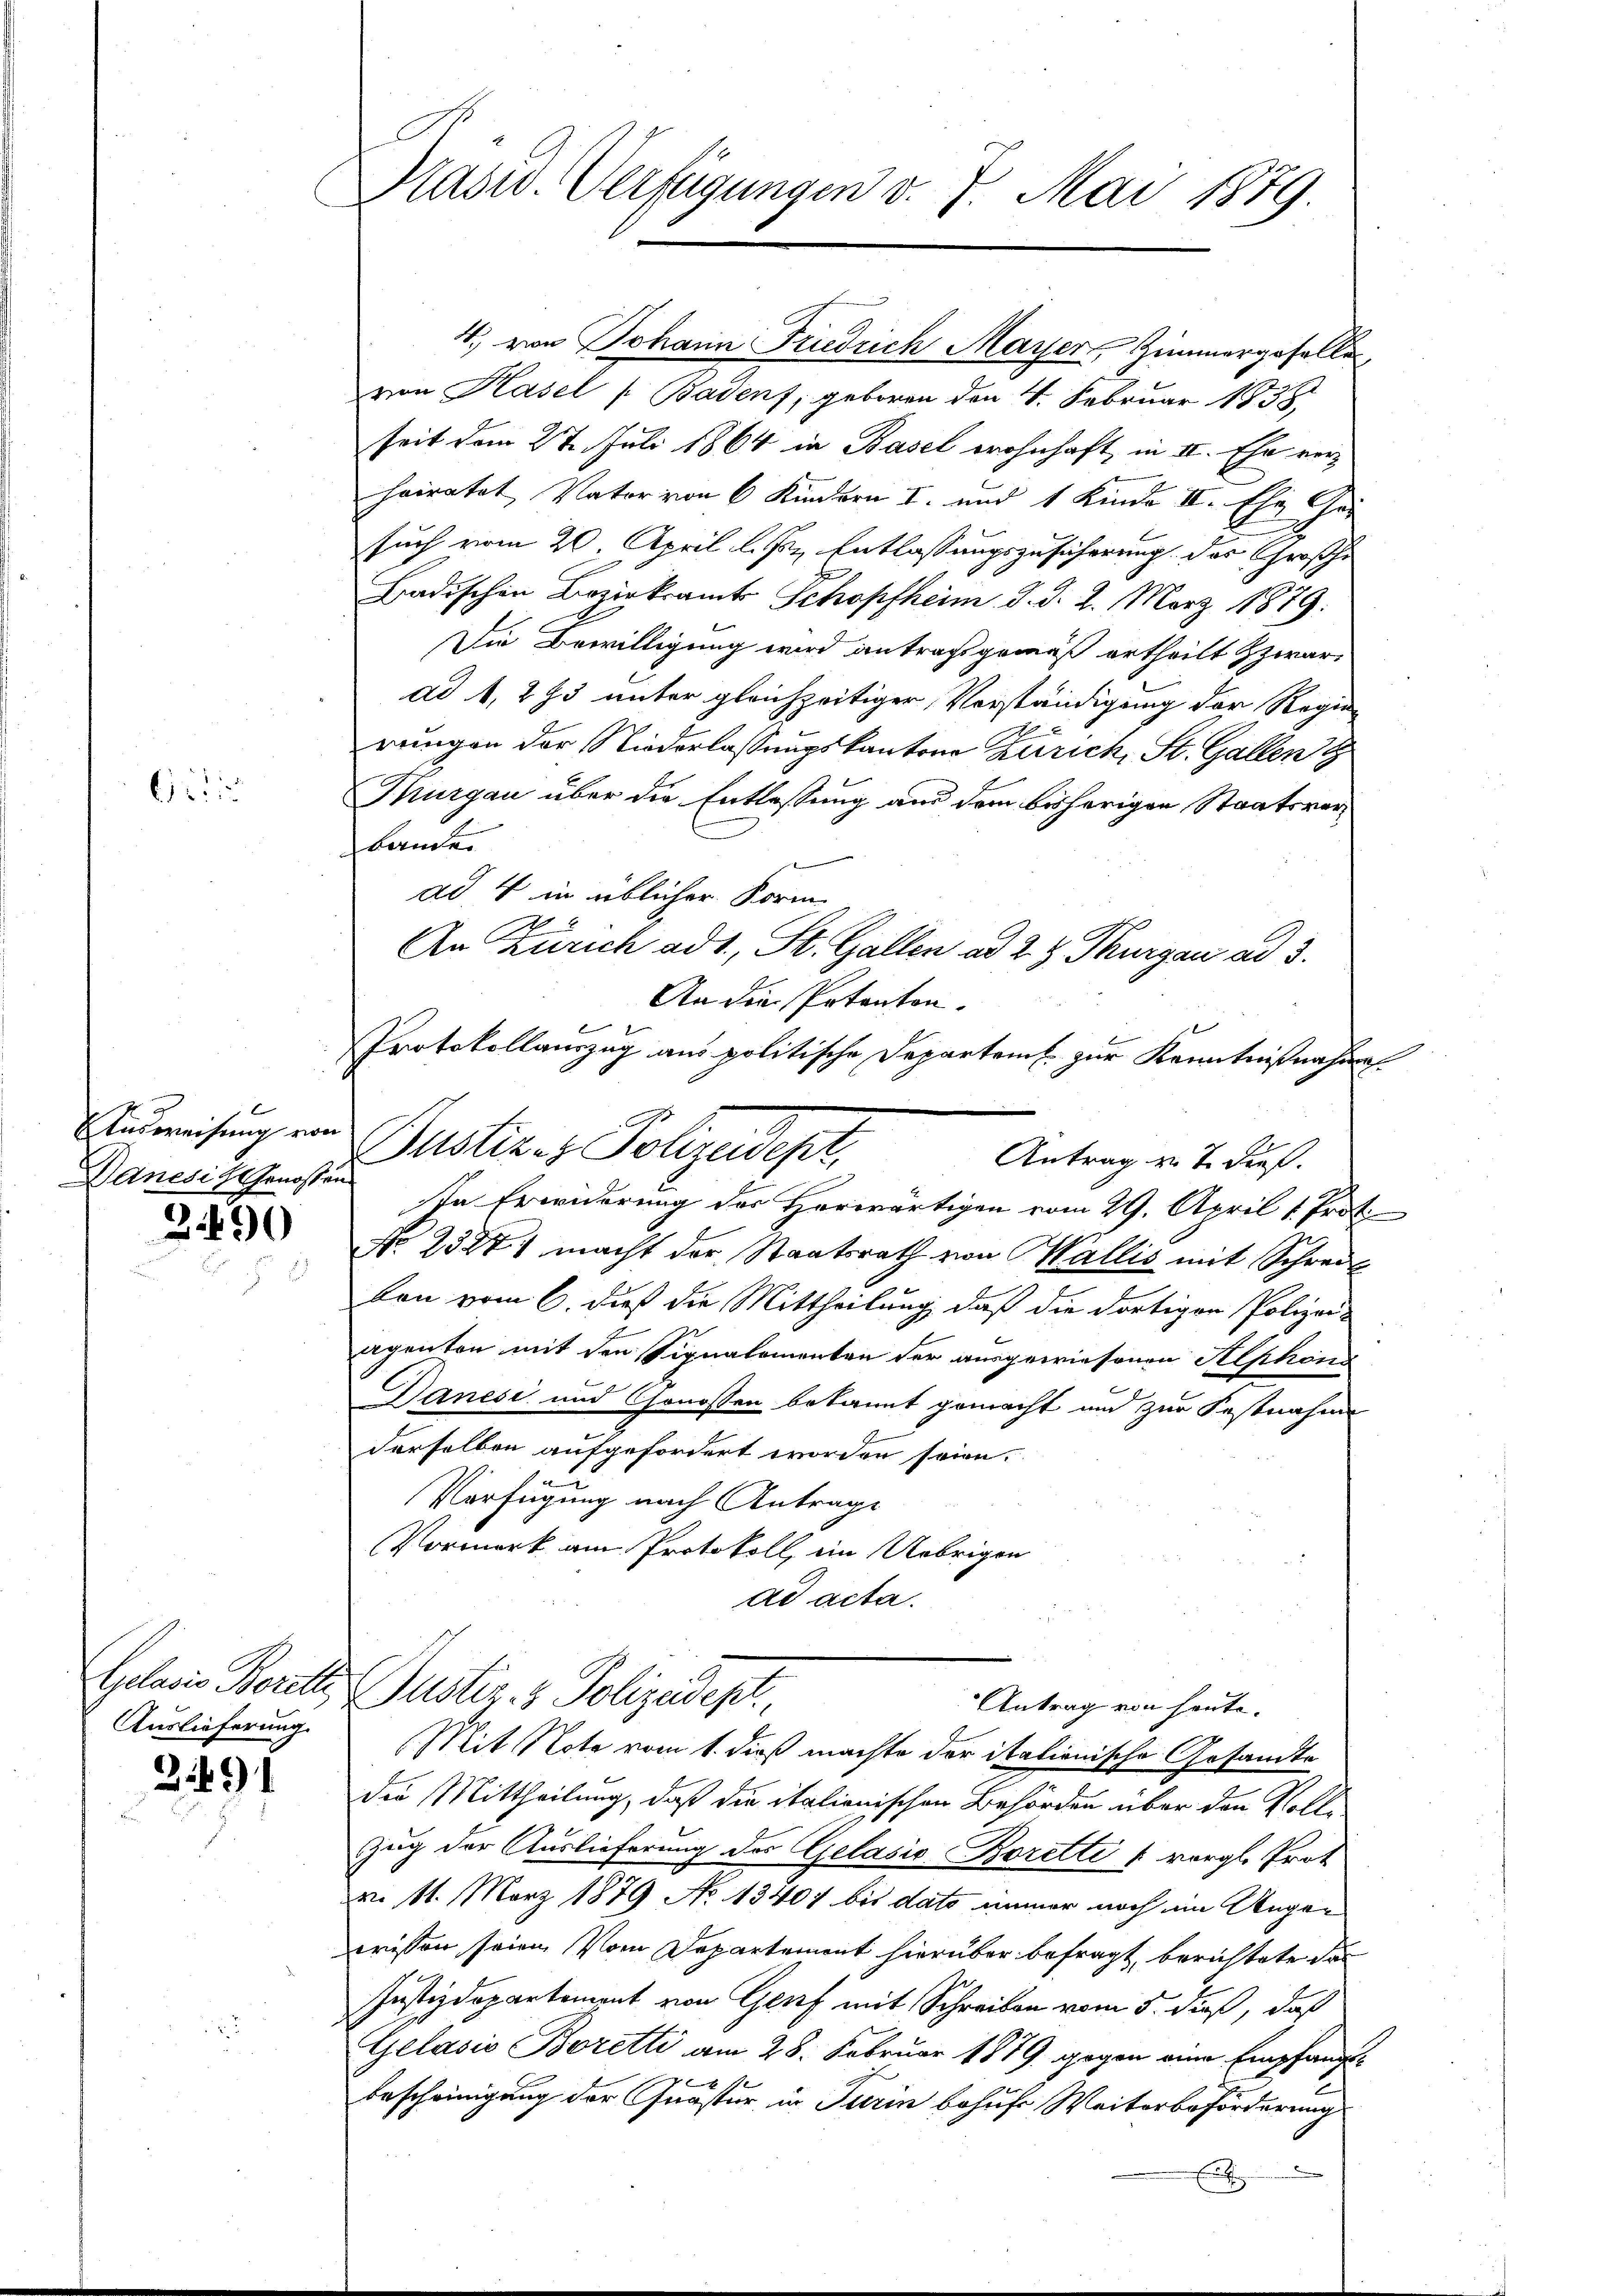
12

Ausweisung von
Danesich Genossen

3490

Auslieferung.

291

Kasw. Verfügungen v. 7. Mai 1879.

4., von Johann Friedrich Mayer, Zimmergeselle
von Hasel ( Badens, geboren den 4. Februar 1838,
seit dem 27. Juli 1864 in Basel wohnhaft in II. Ehe vorheiratet, Vater von 6 Kindern I. und 1 Kinde II. Ehe her
such vom 20. April l. Js. Entlassungszusicherung. Das Großhe
Badischen Bezirksamts Schopfheim. d. d. 2. März 1879:
Die Bewilligung wird antragsgemäß ertheilt zwar
ad 1, 293 unter gleichzeitiger Vorständigung der Regier
rungen der Niederlassungskantone Zürich, St. Gallen G
Thurgau über die Entlassung aus dem bisherigen Staatsverbander
ad 4 in üblicher Form
An Zürich ad 1., St. Gallen ad 2. z. Thurgau ad 3.
An die Petenten.
Protokollauszug aus politische Departeit zur Kenntnißnahmes
Gustiz- & Polizeidept.
Antrag u. T. dieß.
ste Erwiderung der Herwärtigen vom 29. April 1. Prot
No 23871 macht der Staatsrath von Wallis mit Schreit
ben vom 6. dieß die Mittheilung, daß die dortigen Polizei-
agenten mit den Signatomenten der ausgewiesenen Alphons
Danesi und Genossen bekannt gemacht und zur Festnahme
derselben aufgefordert worden seien.
Verfügung nach Antrage
Vormerk am Protokoll, ein Uebrigen
ad acta.
Gelasis Borelte Justiz- & Polizeidept.
Antrag von heute.
Mit Note vom 1. dieß machte der itationische Gesandte
die Mittheilung, daß die italionischen Behörden über den Volle
Zug der Auslieferung des Gelasis Boretti [ vorgl. Prot
do. 11. März 1879 No 13407 bis dato immer noch im Ungewissen seien. Vom Departement hierüber befragt, berichtete da
Justizdepartement von Genf mit Schreiben vom 5. dieß, daß
Gelasis Boretti am 28. Februar 1879 gegen eine Empfangx
bescheinigung der Quaster, in Turin behufs Weiterbeförderung

E